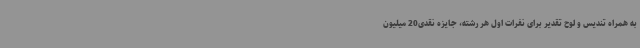
به همراه تندیس و لوح تقدیر برای نفرات اول هر رشته، جایزه نقدی20 میلیون